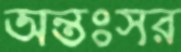
অন্তঃসর